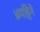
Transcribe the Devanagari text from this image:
४महिने